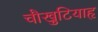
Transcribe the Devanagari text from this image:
चौखुटियाहृ